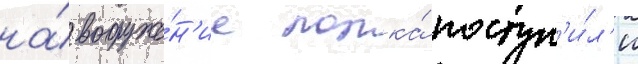
на́ вооруже́н'ие полка́ поступ'и́л'и